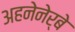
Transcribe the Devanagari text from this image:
अहनेनेर्बे